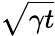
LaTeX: \sqrt{\gamma t}